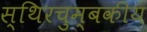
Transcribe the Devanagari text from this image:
स्थिरचुम्बकीय